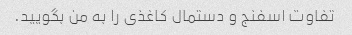
تفاوت اسفنج و دستمال کاغذی را به من بگویید.